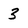
Character: 3